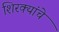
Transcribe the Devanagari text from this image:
शिरक्यांचे